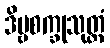
ဒိဗ္ဗစက္ခုသုတ္တံ